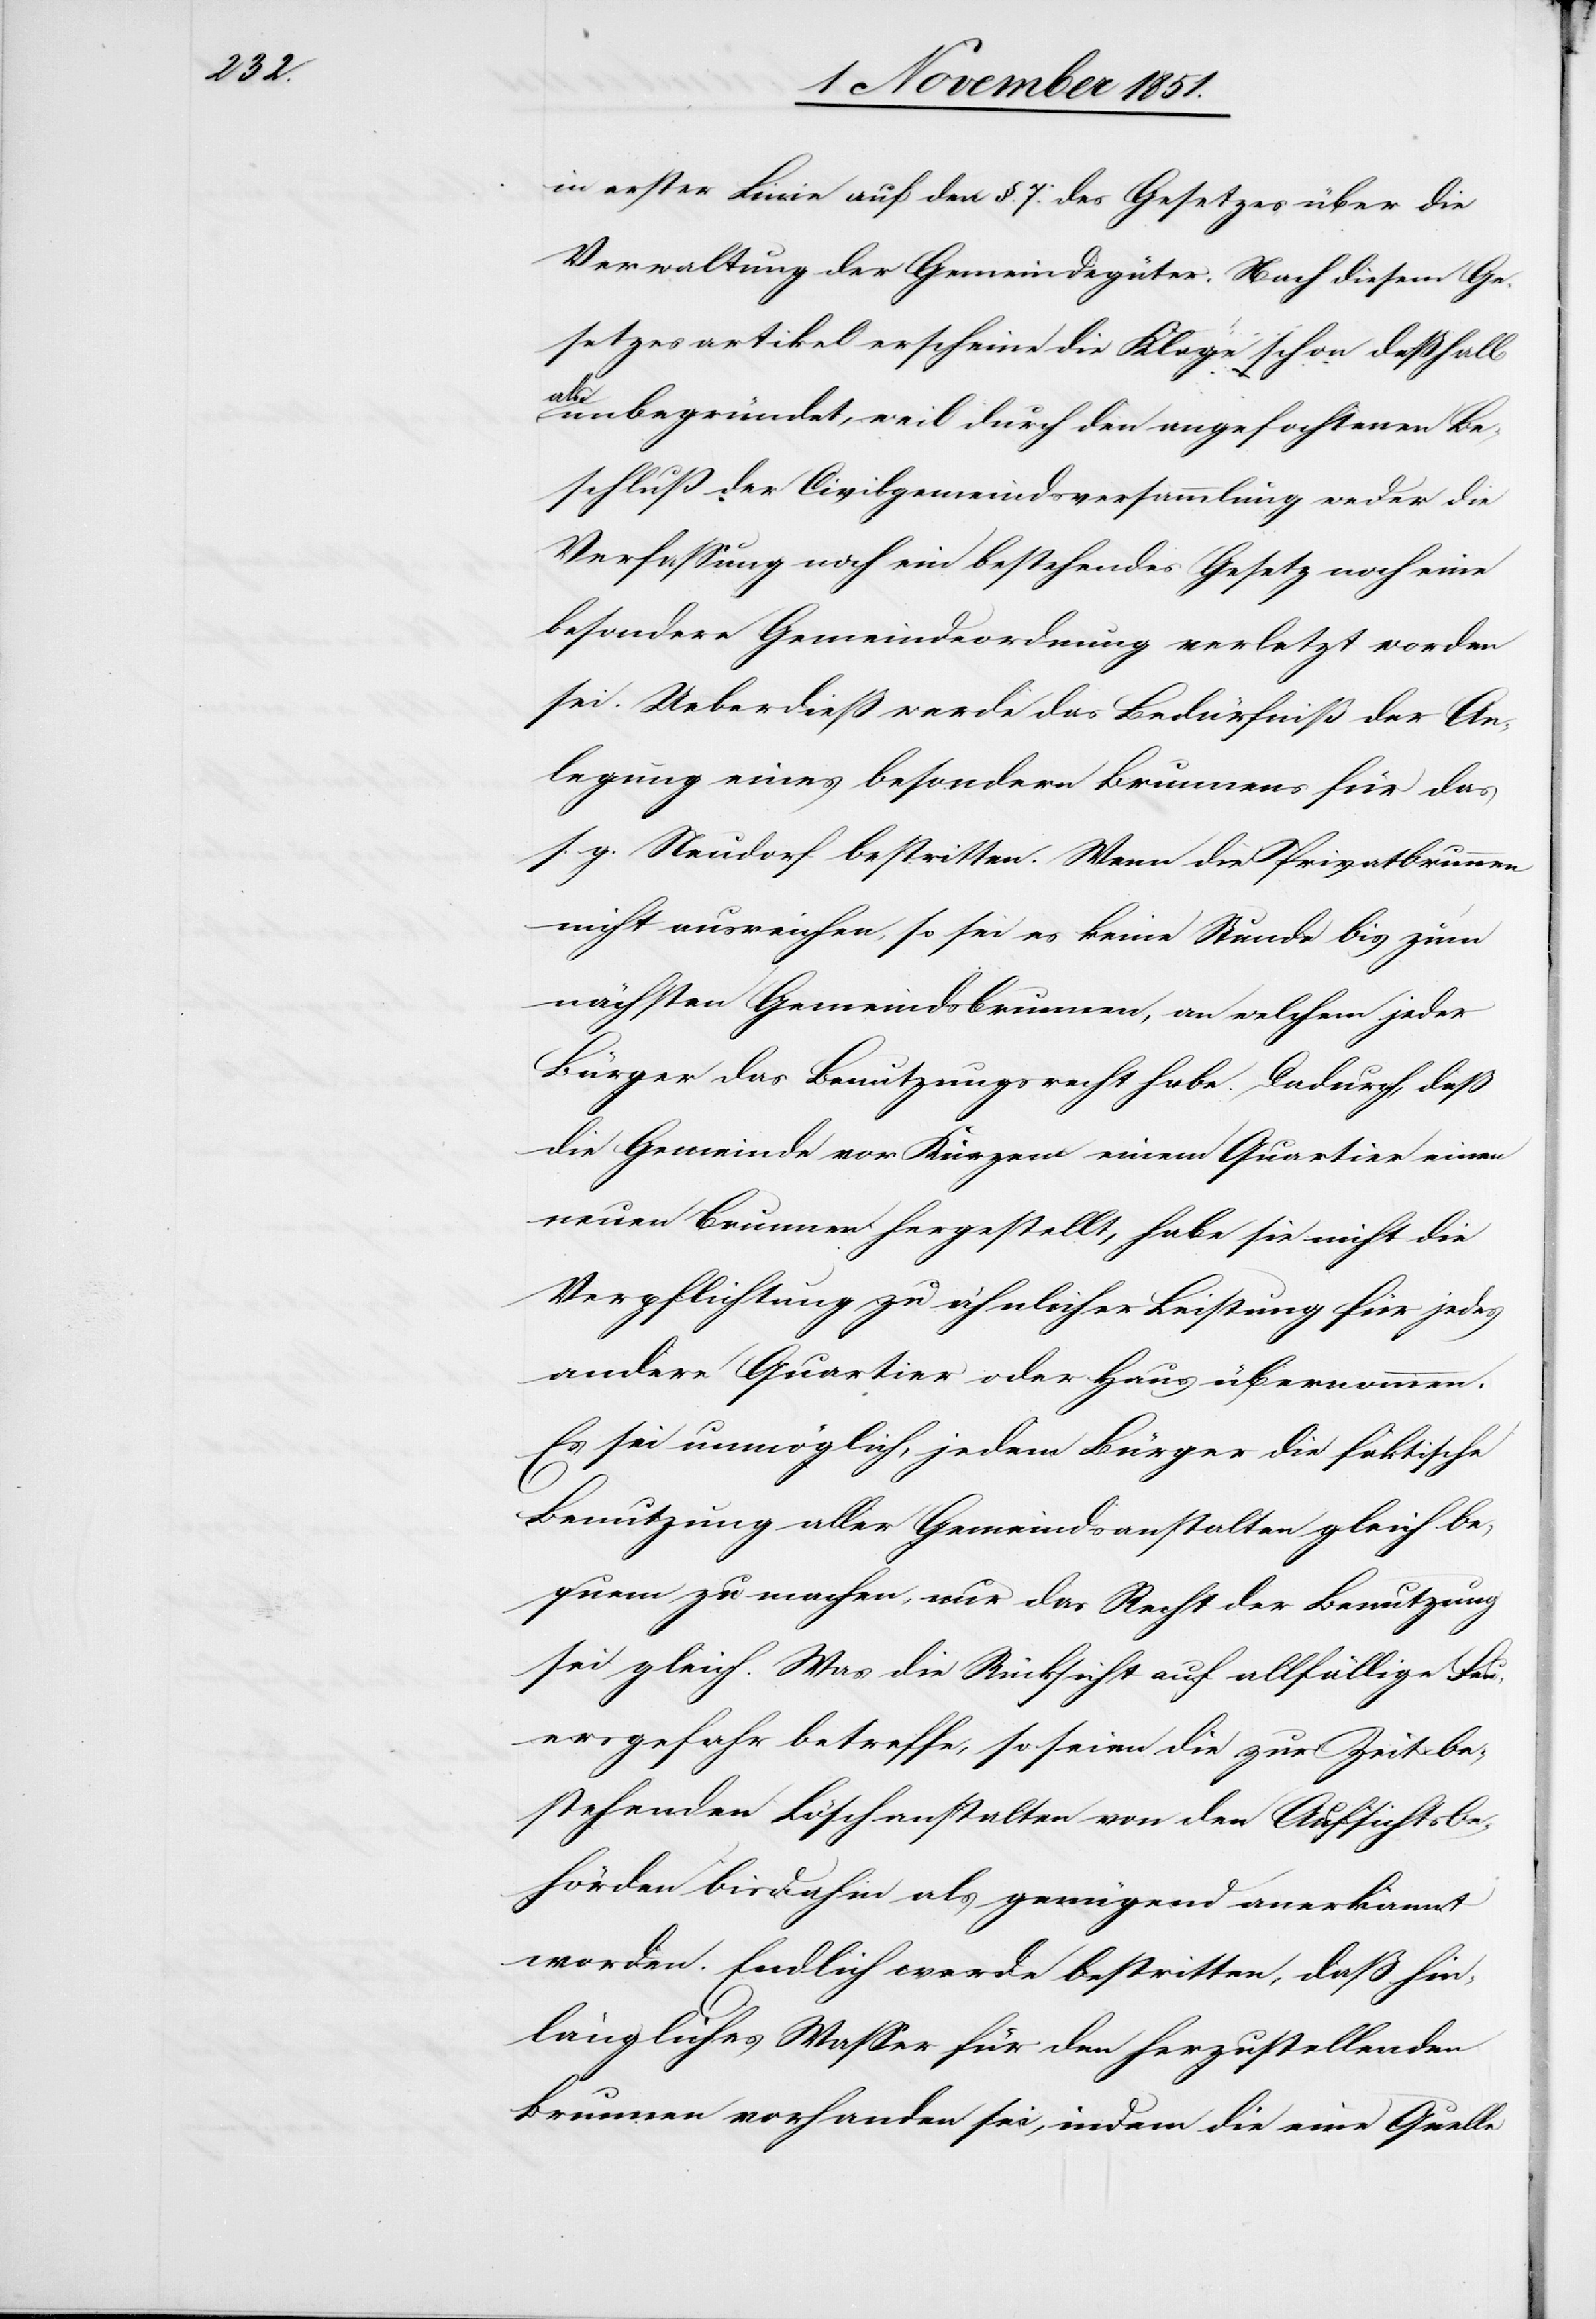
in erster Linie auf den §. 7. des Gesetzes über die
Verwaltung der Gemeindegüter. Nach diesem Ge¬
setzesartikel erscheine die Klage schon deßhalb
als
unbegründet, weil durch den angefochtenen Be¬
schluß der Civilgemeindsversammlung weder die
Verfassung noch ein bestehendes Gesetz noch eine
besondere Gemeindeordnung verletzt worden
sei. Ueberdieß werde das Bedürfniß der An¬
legung eines besondern Brunnens für das
s. g. Neudorf bestritten. Wenn die Privatbrunnen
nicht ausreichen, so sei es keine Stunde bis zum
nächsten Gemeindsbrunnen, an welchem jeder
Bürger das Benutzungsrecht habe. Dadurch, daß
die Gemeinde vor Kurzem einem Quartier einen
neuen Brunnen hergestellt, habe sie nicht die
Verpflichtung zu ähnlicher Leistung für jedes
andere Quartier oder Haus übernommen.
Es sei unmöglich, jedem Bürger die faktische
Benutzung aller Gemeindsanstalten gleich be¬
quem zu machen, nur das Recht der Benutzung
sei gleich. Was die Rücksicht auf allfällige Feu¬
ersgefahr betreffe, so seien die zur Zeit be¬
stehenden Löschanstalten von den Aufsichtsbe¬
hörden bisdahin als genügend anerkannt
worden. Endlich werde bestritten, daß hin¬
längliches Wasser für den herzustellenden
Brunnen vorhanden sei, indem die eine Quelle